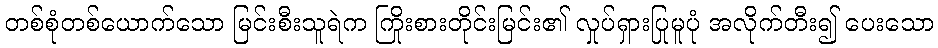
တစ်စုံတစ်ယောက်သော မြင်းစီးသူရဲက ကြိုးစားတိုင်းမြင်း၏ လှုပ်ရှားပြုမူပုံ အလိုက်တီး၍ ပေးသော